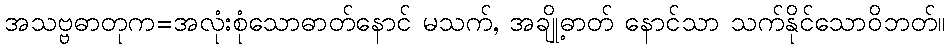
အသဗ္ဗဓာတုက=အလုံးစုံသောဓာတ်နောင် မသက်, အချို့ဓာတ် နောင်သာ သက်နိုင်သောဝိဘတ်။